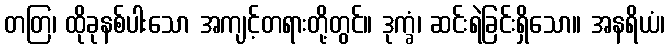
တတြ၊ ထိုခုနစ်ပါးသော အကျင့်တရားတို့တွင်။ ဒုက္ခံ၊ ဆင်းရဲခြင်းရှိသော။ အနရိယံ၊